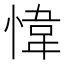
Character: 愇